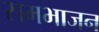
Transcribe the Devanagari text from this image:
समभाजन